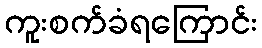
ကူးစက်ခံရကြောင်း